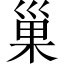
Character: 巢